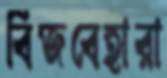
বিজবেহারা